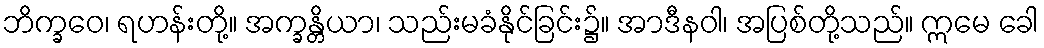
ဘိက္ခဝေ၊ ရဟန်းတို့။ အက္ခန္တိယာ၊ သည်းမခံနိုင်ခြင်း၌။ အာဒီနဝါ၊ အပြစ်တို့သည်။ ဣမေ ခေါ